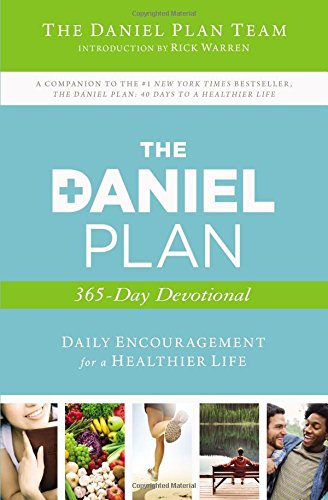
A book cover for The Daniel Plan 365-Day Devotional: Daily Encouragement for a Healthier Life; Daniel Plan Team  The; Christian Books & Bibles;